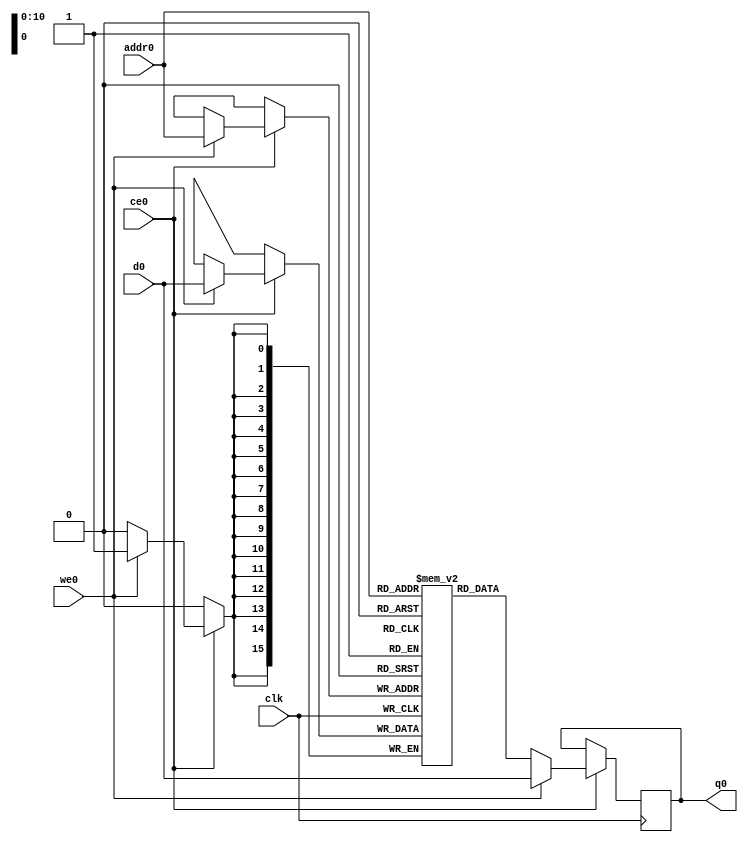
// ==============================================================
// File generated by Vivado(TM) HLS - High-Level Synthesis from C, C++ and SystemC
// Version: 2017.4
// Copyright (C) 1986-2017 Xilinx, Inc. All Rights Reserved.
// 
// ==============================================================

`timescale 1 ns / 1 ps
module line_buffer_10_bubkb_ram (addr0, ce0, d0, we0, q0,  clk);

parameter DWIDTH = 16;
parameter AWIDTH = 11;
parameter MEM_SIZE = 1056;

input[AWIDTH-1:0] addr0;
input ce0;
input[DWIDTH-1:0] d0;
input we0;
output reg[DWIDTH-1:0] q0;
input clk;

(* ram_style = "block" *)reg [DWIDTH-1:0] ram[0:MEM_SIZE-1];




always @(posedge clk)  
begin 
    if (ce0) 
    begin
        if (we0) 
        begin 
            ram[addr0] <= d0; 
            q0 <= d0;
        end 
        else 
            q0 <= ram[addr0];
    end
end


endmodule


`timescale 1 ns / 1 ps
module line_buffer_10_bubkb(
    reset,
    clk,
    address0,
    ce0,
    we0,
    d0,
    q0);

parameter DataWidth = 32'd16;
parameter AddressRange = 32'd1056;
parameter AddressWidth = 32'd11;
input reset;
input clk;
input[AddressWidth - 1:0] address0;
input ce0;
input we0;
input[DataWidth - 1:0] d0;
output[DataWidth - 1:0] q0;



line_buffer_10_bubkb_ram line_buffer_10_bubkb_ram_U(
    .clk( clk ),
    .addr0( address0 ),
    .ce0( ce0 ),
    .d0( d0 ),
    .we0( we0 ),
    .q0( q0 ));

endmodule